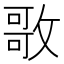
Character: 𭤃